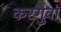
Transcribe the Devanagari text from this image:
करगुवा